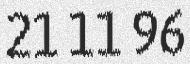
21 11 96